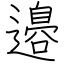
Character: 邉